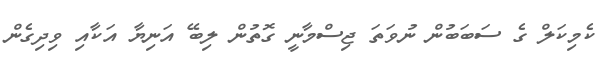
ކެމިކަލް ގެ ސަބަބުން ނުވަތަ ޖިސްމާނީ ގޮތުން ލިބޭ އަނިޔާ އަކާއި ވިދިގެން